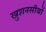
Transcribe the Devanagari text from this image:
खुशनसीबों